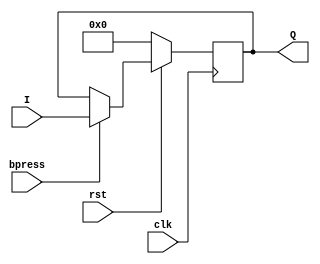
module pregister(I, clk, rst, bpress, Q);
  input [3:0]I;
  input clk, rst, bpress;
  output [3:0]Q;
  reg [3:0]Q;
  always @(posedge clk)
    begin
      if(rst==0)
        begin
          Q<=4'b0000;
        end
      else
        begin
          if(bpress==1)
            begin
              Q<=I;
            end
        end
    end
endmodule